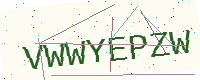
Text: VWWYEPZW